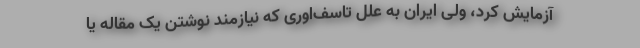
آزمایش کرد، ولی ایران به علل تاسف‌اوری که نیازمند نوشتن یک مقاله یا